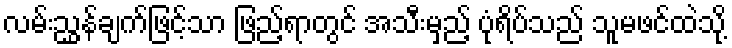
လမ်းညွှန်ချက်ဖြင့်သာ ဖြည့်ရာတွင် အသီးမှည့် ပုံရိပ်သည် သူမဖင်ထဲသို့